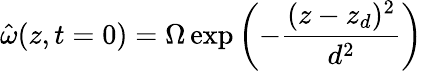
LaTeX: \hat{\omega}(z,t=0)=\Omega\exp\left(-\frac{(z-z_{d})^{2}}{d^{2}}\right)